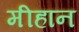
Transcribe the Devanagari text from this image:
मीहान